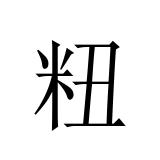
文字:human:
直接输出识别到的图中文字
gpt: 粈